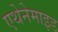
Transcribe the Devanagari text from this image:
एथेनेमाइड